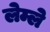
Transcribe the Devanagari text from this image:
लेम्ले